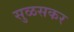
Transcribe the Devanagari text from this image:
सुळसकर